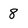
Character: 8